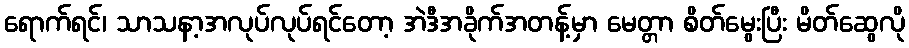
ရောက်ရင်၊ သာသနာ့အလုပ်လုပ်ရင်တော့ အဲဒီအခိုက်အတန့်မှာ မေတ္တာ စိတ်မွေးပြီး မိတ်ဆွေလို